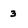
Character: 3